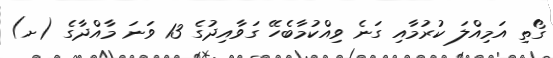
ގޯތި އަމިއްލަ ކުރުމާއި ގަނެ ވިއްކުމާބެހޭ ގަވާއިދުގެ 13 ވަނަ މާއްދާގެ (ށ)